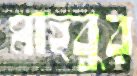
মাহবুর